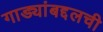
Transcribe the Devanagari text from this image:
गाड्यांबद्दलची